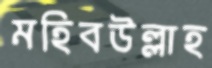
মহিবউল্লাহ